DOW-UAP-D49, Launch Summary, Vandenberg AFB, 2000
Agency: Department of War
Incident date: 2/3/00
Page 36
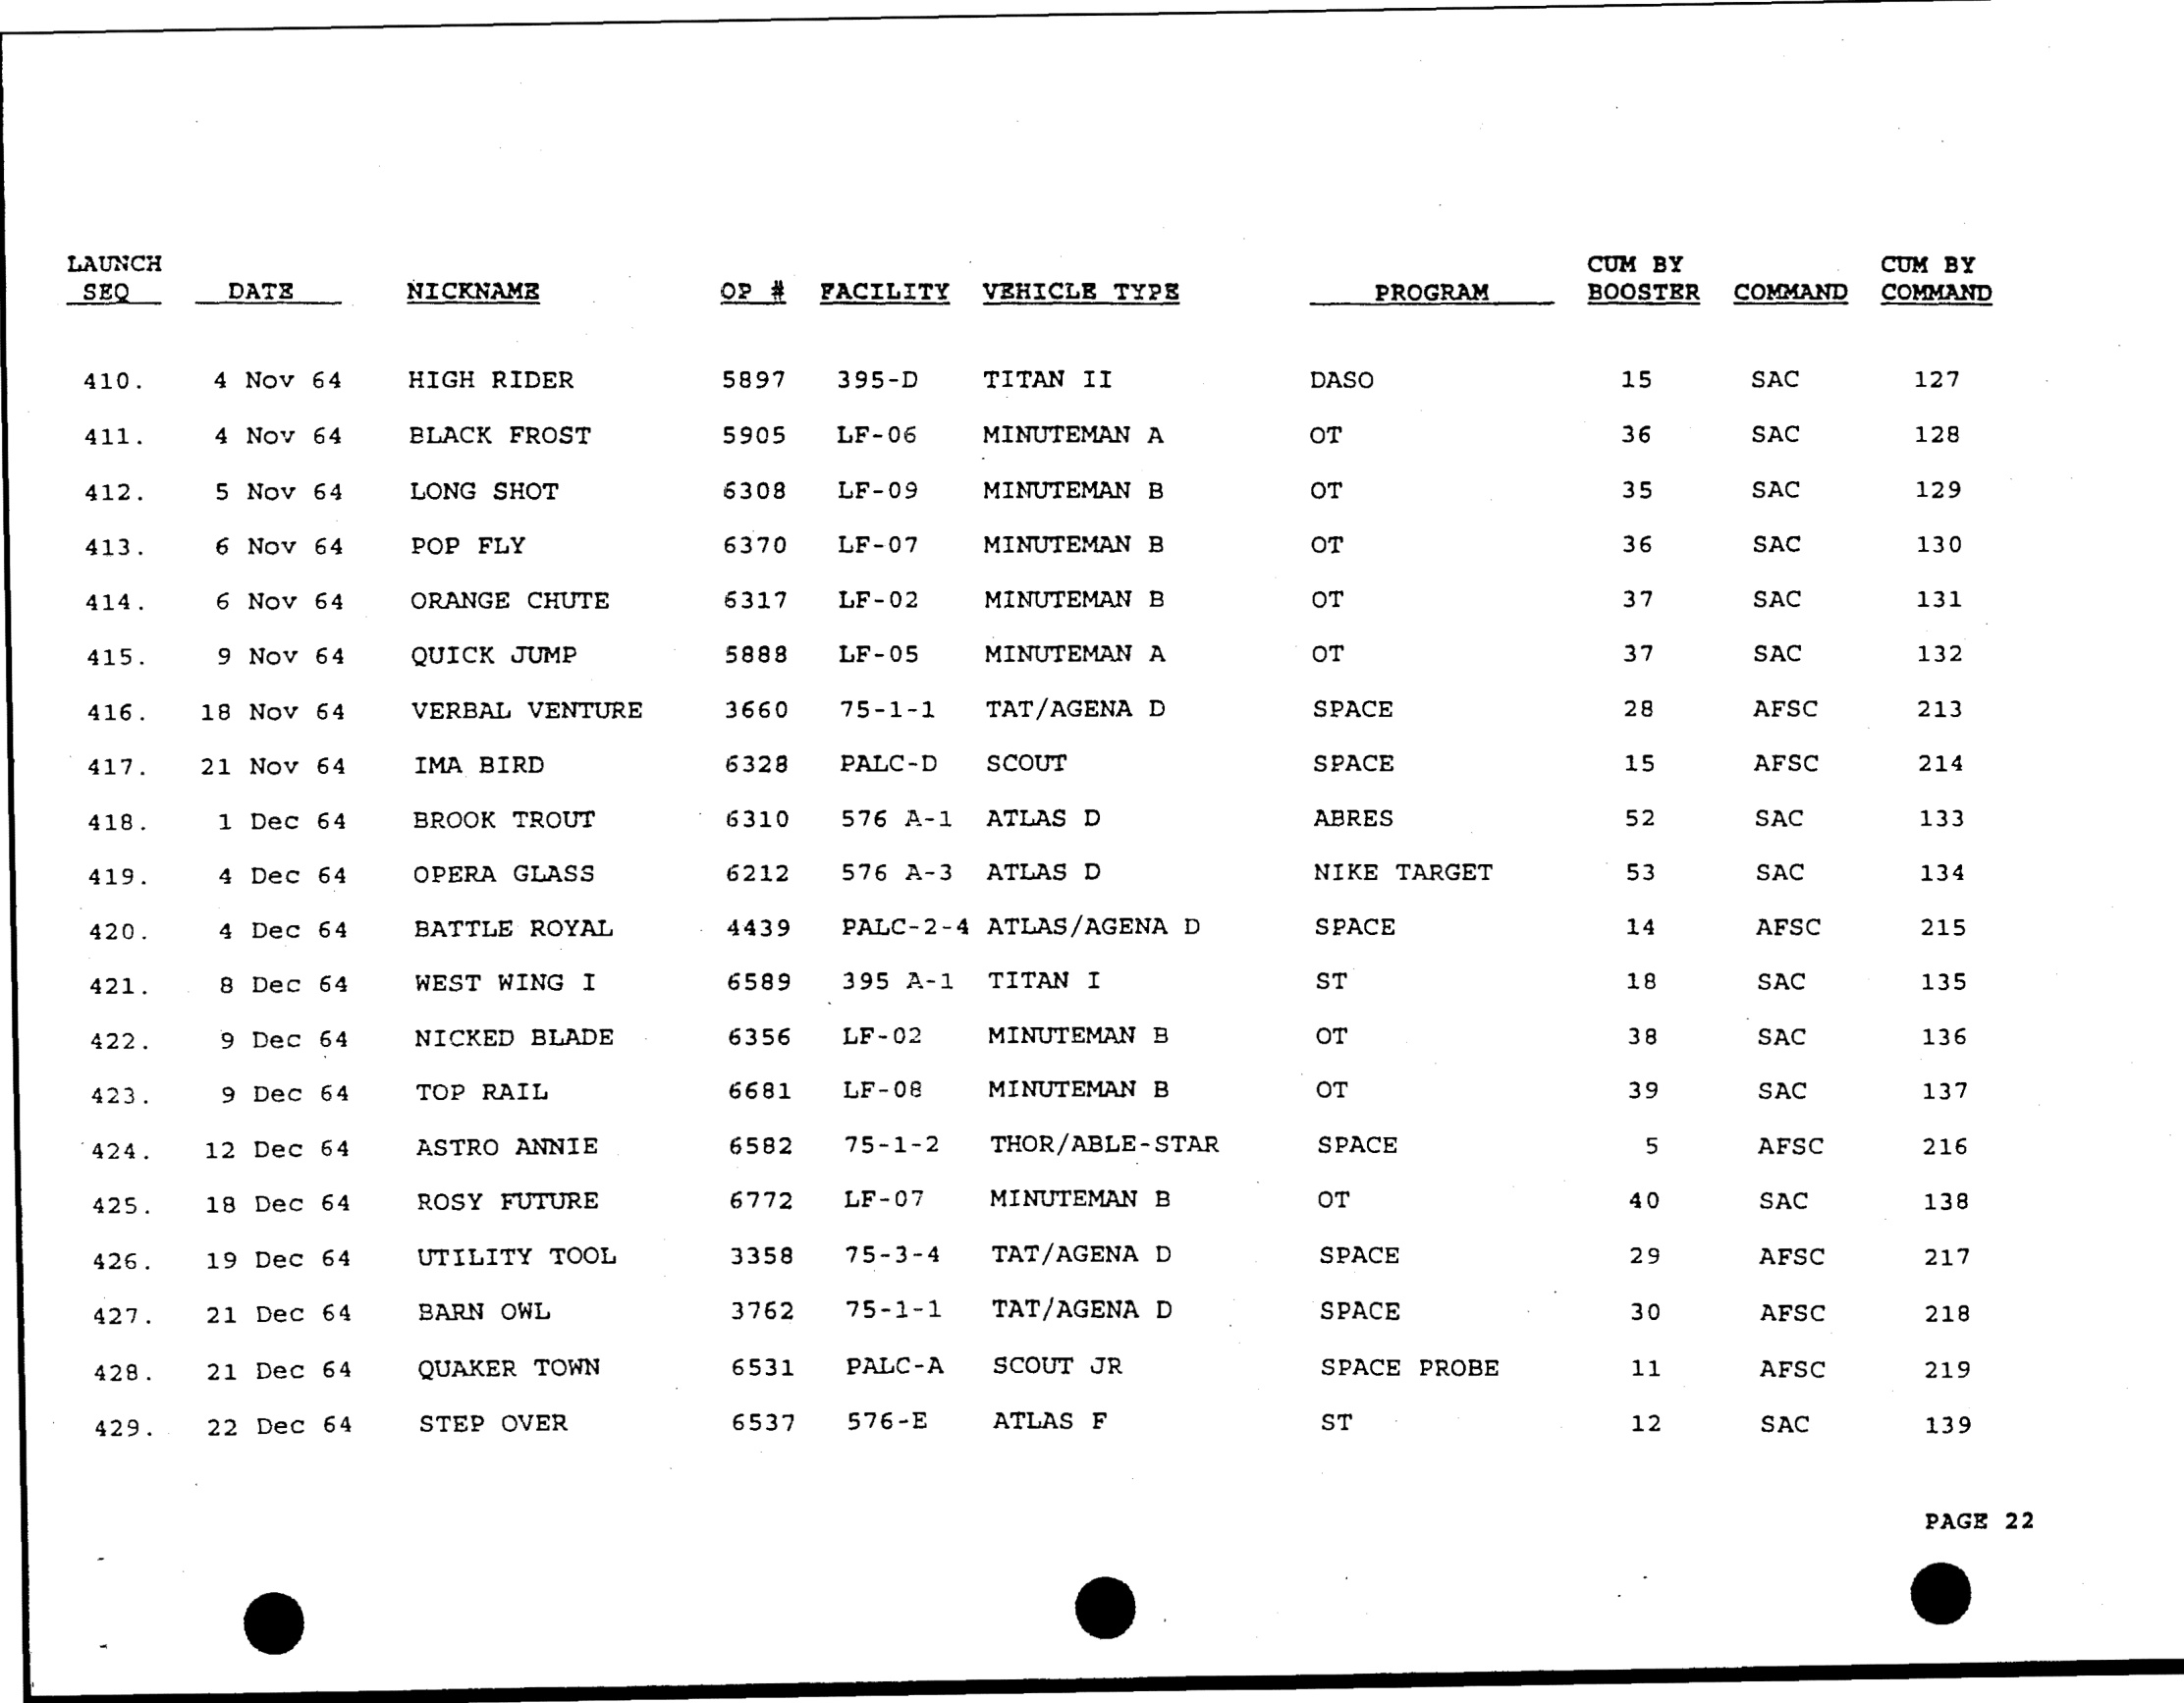